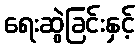
ရေးဆွဲခြင်းနှင့်